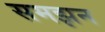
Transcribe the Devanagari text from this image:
समझन